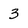
Character: 3